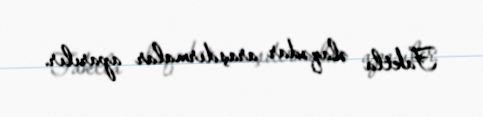
Faktla əlaqədar araşdırmalar aparılır.